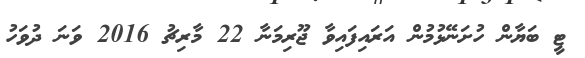
ޓީ ބަޔާން ހުށަނޭޅުމުން އަރައިފައިވާ ޖޫރިމަނާ 22 މާރިޗު 2016 ވަނަ ދުވަހު